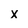
Character: X